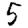
Digit: 5